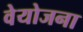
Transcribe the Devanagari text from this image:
वेयोजना